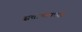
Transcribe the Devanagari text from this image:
सत्तागटाच्या